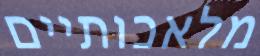
מלאכותיים